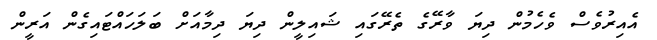
އެއިރުވެސް ވެހެމުން ދިޔަ ވާރޭގެ ތެރޭގައި ޝައިލީން ދިޔަ ދިމާއަށް ބަލަހައްޓައިގެން އަރީން